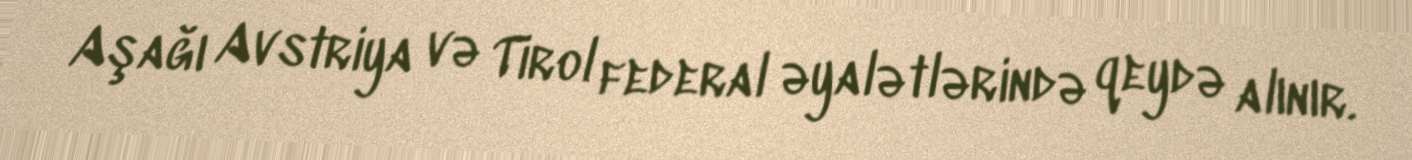
Aşağı Avstriya və Tirol federal əyalətlərində qeydə alınır.